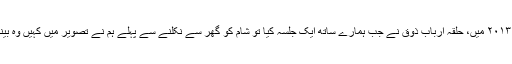
پھر سن ۲۰۱۳ میں، حلقۂ اربابِ ذوق نے جب ہمارے ساتھ ایک جلسہ کیا تو شام کو گھر سے نکلنے سے پہلے ہم نے تصویر میں کہیں وہ بینر دیکھا۔